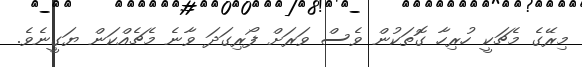
މިރޭގެ މެޗަކީ ހުރިހާ ގޮތަކުން ވެސް ވަރަށް ފޯރިގަދަ ވާނެ މެޗެއްކަން ޔަގީނެވެ.